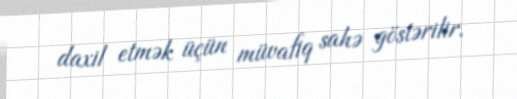
daxil etmək üçün müvafiq sahə göstərilir.